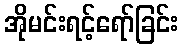
အိုမင်းရင့်ရော်ခြင်း